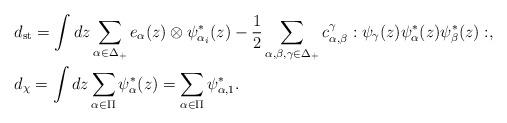
LaTeX: \begin{align*}&d_{\mathrm{st}}=\int dz \sum_{\alpha\in \Delta_+}e_{\alpha}(z)\otimes \psi_{\alpha_i}^*(z)-\frac{1}{2}\sum_{\alpha,\beta,\gamma\in \Delta_+}c_{\alpha,\beta}^\gamma:\psi_\gamma(z)\psi_\alpha^*(z)\psi_\beta^*(z):, \\&d_{\chi}=\int dz \sum_{\alpha\in \Pi}\psi^*_\alpha(z)=\sum_{\alpha\in \Pi}\psi^*_{\alpha,1}.\end{align*}